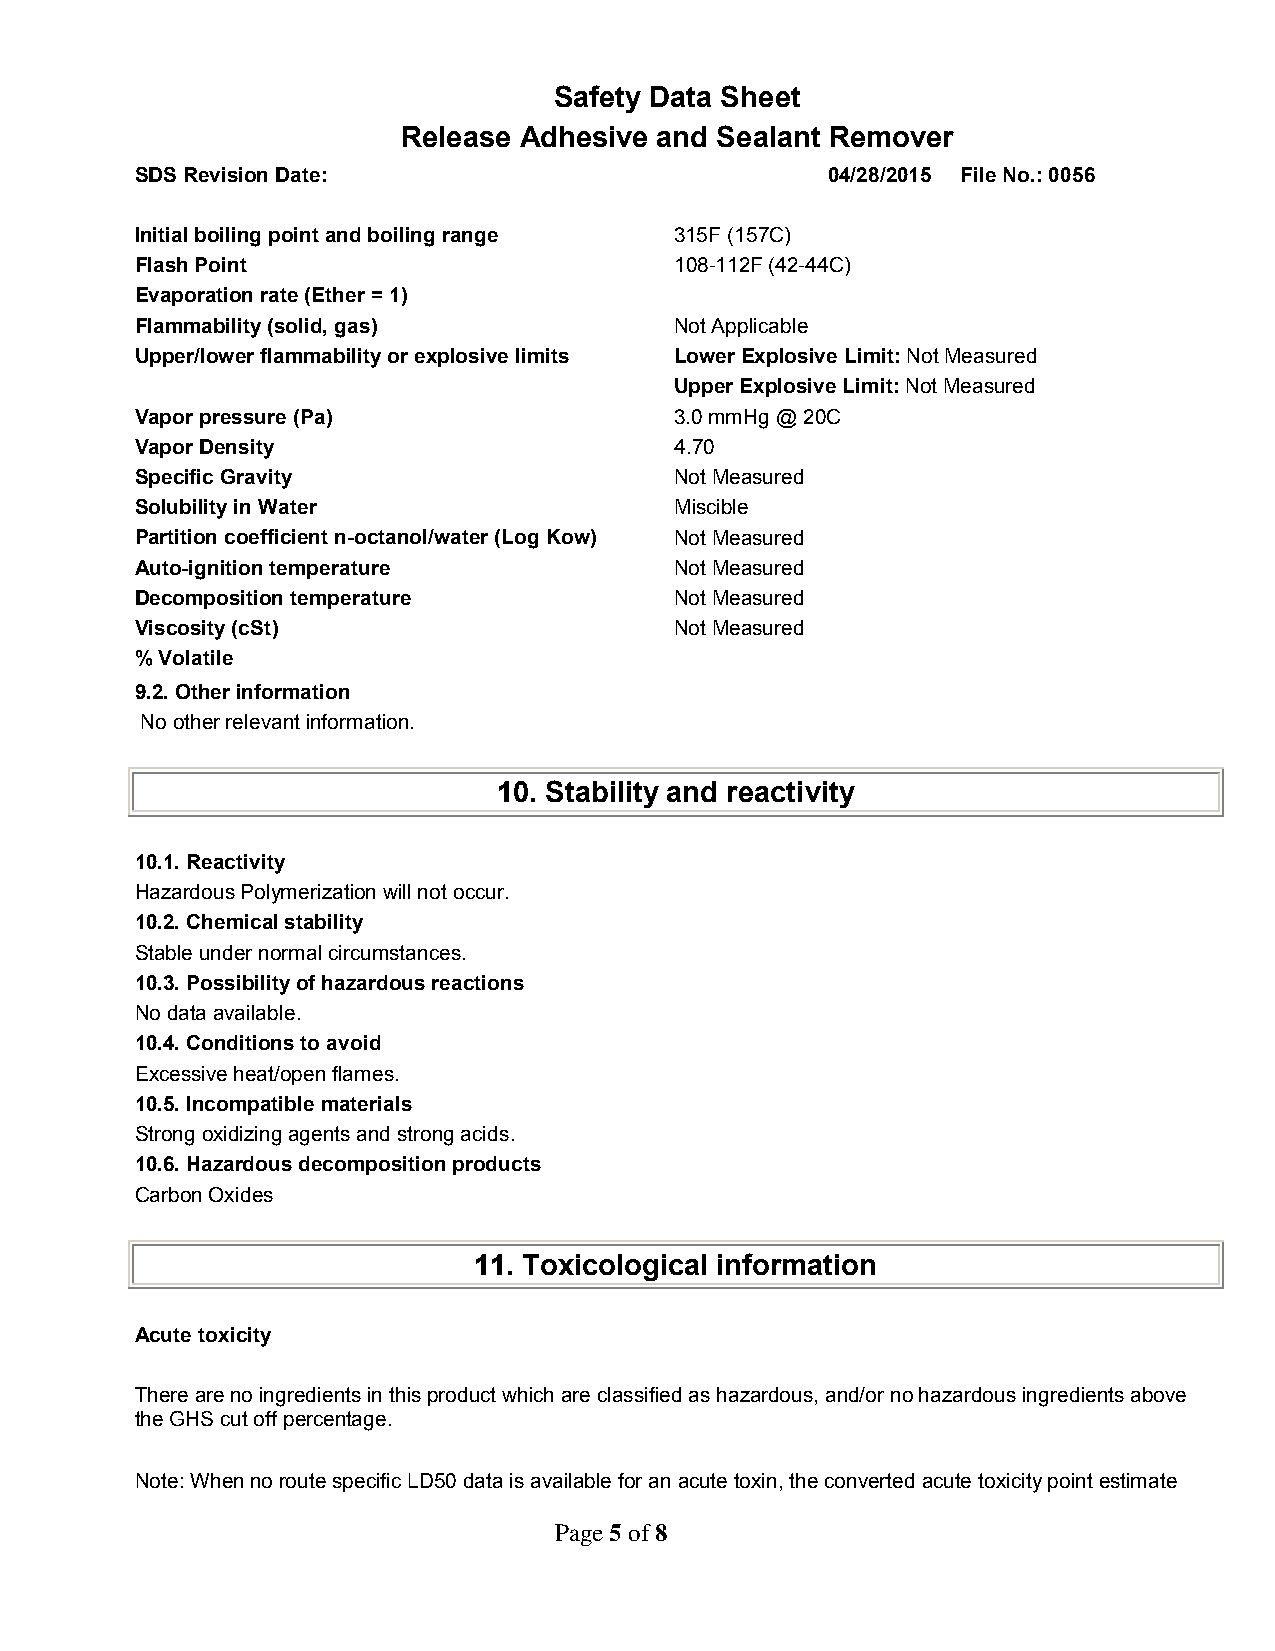
Safety Data Sheet
 Release Adhesive and Sealant Remover
 SDS Revision Date:                            04/28/2015 File No.: 0056
 Initial boiling point and boiling range 315F (157C)
 Flash Point                         108-112F (42-44C)
 Evaporation rate (Ether = 1)
 Flammability (solid, gas)           Not Applicable
 Upper/lower flammability or explosive limits Lower Explosive Limit: Not Measured
 Upper Explosive Limit: Not Measured
 Vapor pressure (Pa)                 3.0 mmHg @ 20C
 Vapor Density                       4.70
 Specific Gravity                    Not Measured
 Solubility in Water                 Miscible
 Partition coefficient n-octanol/water (Log Kow) Not Measured
 Auto-ignition temperature           Not Measured
 Decomposition temperature           Not Measured
 Viscosity (cSt)                     Not Measured
 % Volatile
 9.2. Other information
 No other relevant information.
 10. Stability and reactivity
 10.1. Reactivity
 Hazardous Polymerization will not occur.
 10.2. Chemical stability
 Stable under normal circumstances.
 10.3. Possibility of hazardous reactions
 No data available.
 10.4. Conditions to avoid
 Excessive heat/open flames.
 10.5. Incompatible materials
 Strong oxidizing agents and strong acids.
 10.6. Hazardous decomposition products
 Carbon Oxides
 11. Toxicological information
 Acute toxicity
 There are no ingredients in this product which are classified as hazardous, and/or no hazardous ingredients above
 the GHS cut off percentage.
 Note: When no route specific LD50 data is available for an acute toxin, the converted acute toxicity point estimate
 Page 5 of 8